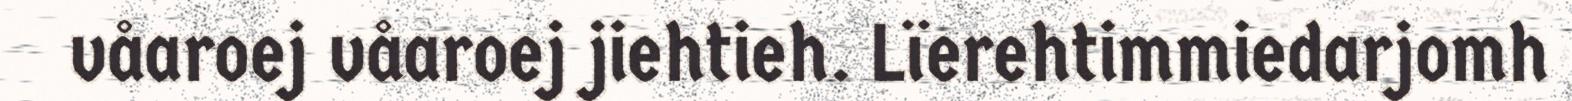
våaroej våaroej jiehtieh. Lïerehtimmiedarjomh